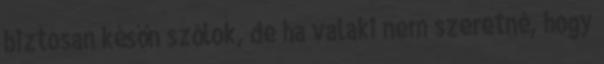
biztosan későn szólok, de ha valaki nem szeretné, hogy